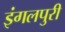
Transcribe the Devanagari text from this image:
इंगलपुरी